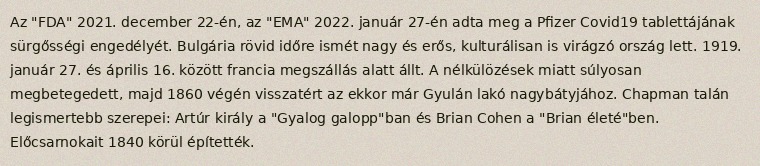
Az "FDA" 2021. december 22-én, az "EMA" 2022. január 27-én adta meg a Pfizer Covid19 tablettájának sürgősségi engedélyét. Bulgária rövid időre ismét nagy és erős, kulturálisan is virágzó ország lett. 1919. január 27. és április 16. között francia megszállás alatt állt. A nélkülözések miatt súlyosan megbetegedett, majd 1860 végén visszatért az ekkor már Gyulán lakó nagybátyjához. Chapman talán legismertebb szerepei: Artúr király a "Gyalog galopp"ban és Brian Cohen a "Brian életé"ben. Előcsarnokait 1840 körül építették.